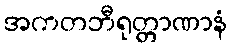
အကတဘီရုတ္တာဏာနံ